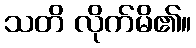
သတိ လိုက်မိ၏။